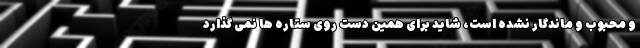
و محبوب و ماندگار نشده است، شاید برای همین دست روی ستاره ها نمی گذارد